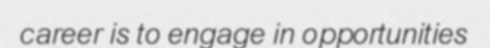
career is to engage in opportunities